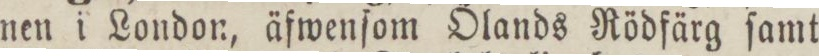
nen i London, äfwenſom Ölands Rödfärg ſamt